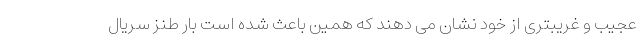
عجیب و غریبتری از خود نشان می دهند که همین باعث شده است بار طنز سریال